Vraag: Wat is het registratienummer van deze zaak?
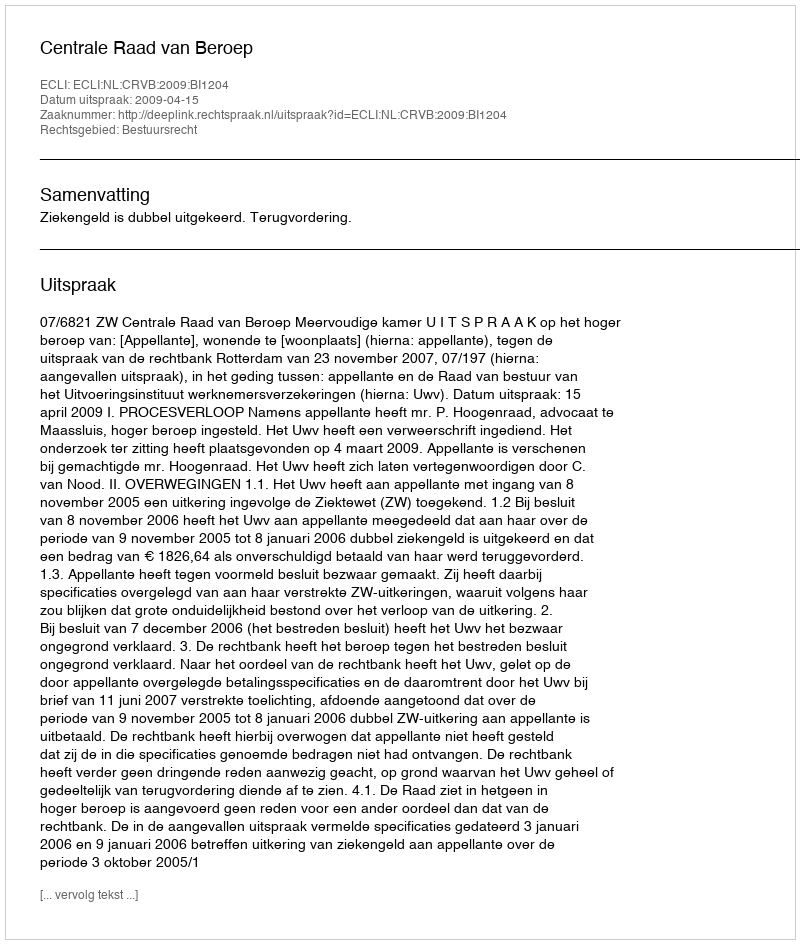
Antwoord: http://deeplink.rechtspraak.nl/uitspraak?id=ECLI:NL:CRVB:2009:BI1204